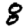
Digit: 8